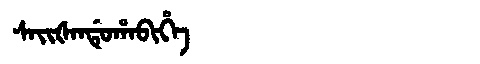
Manchu: ᠰᠠᡳᡧᠠᠨᡩᡠᡥᠠᠪᡳᡥᡝ
Romanization: SAIŠANDUHABIHE